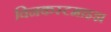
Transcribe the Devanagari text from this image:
विनकस्टमाइझ